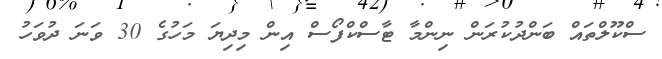
ސްކޫލްތައް ބަންދުކުރަން ނިންމާ ޓާސްކްފޯސް އިން މިދިޔަ މަހުގެ 30 ވަނަ ދުވަހު